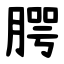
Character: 腭